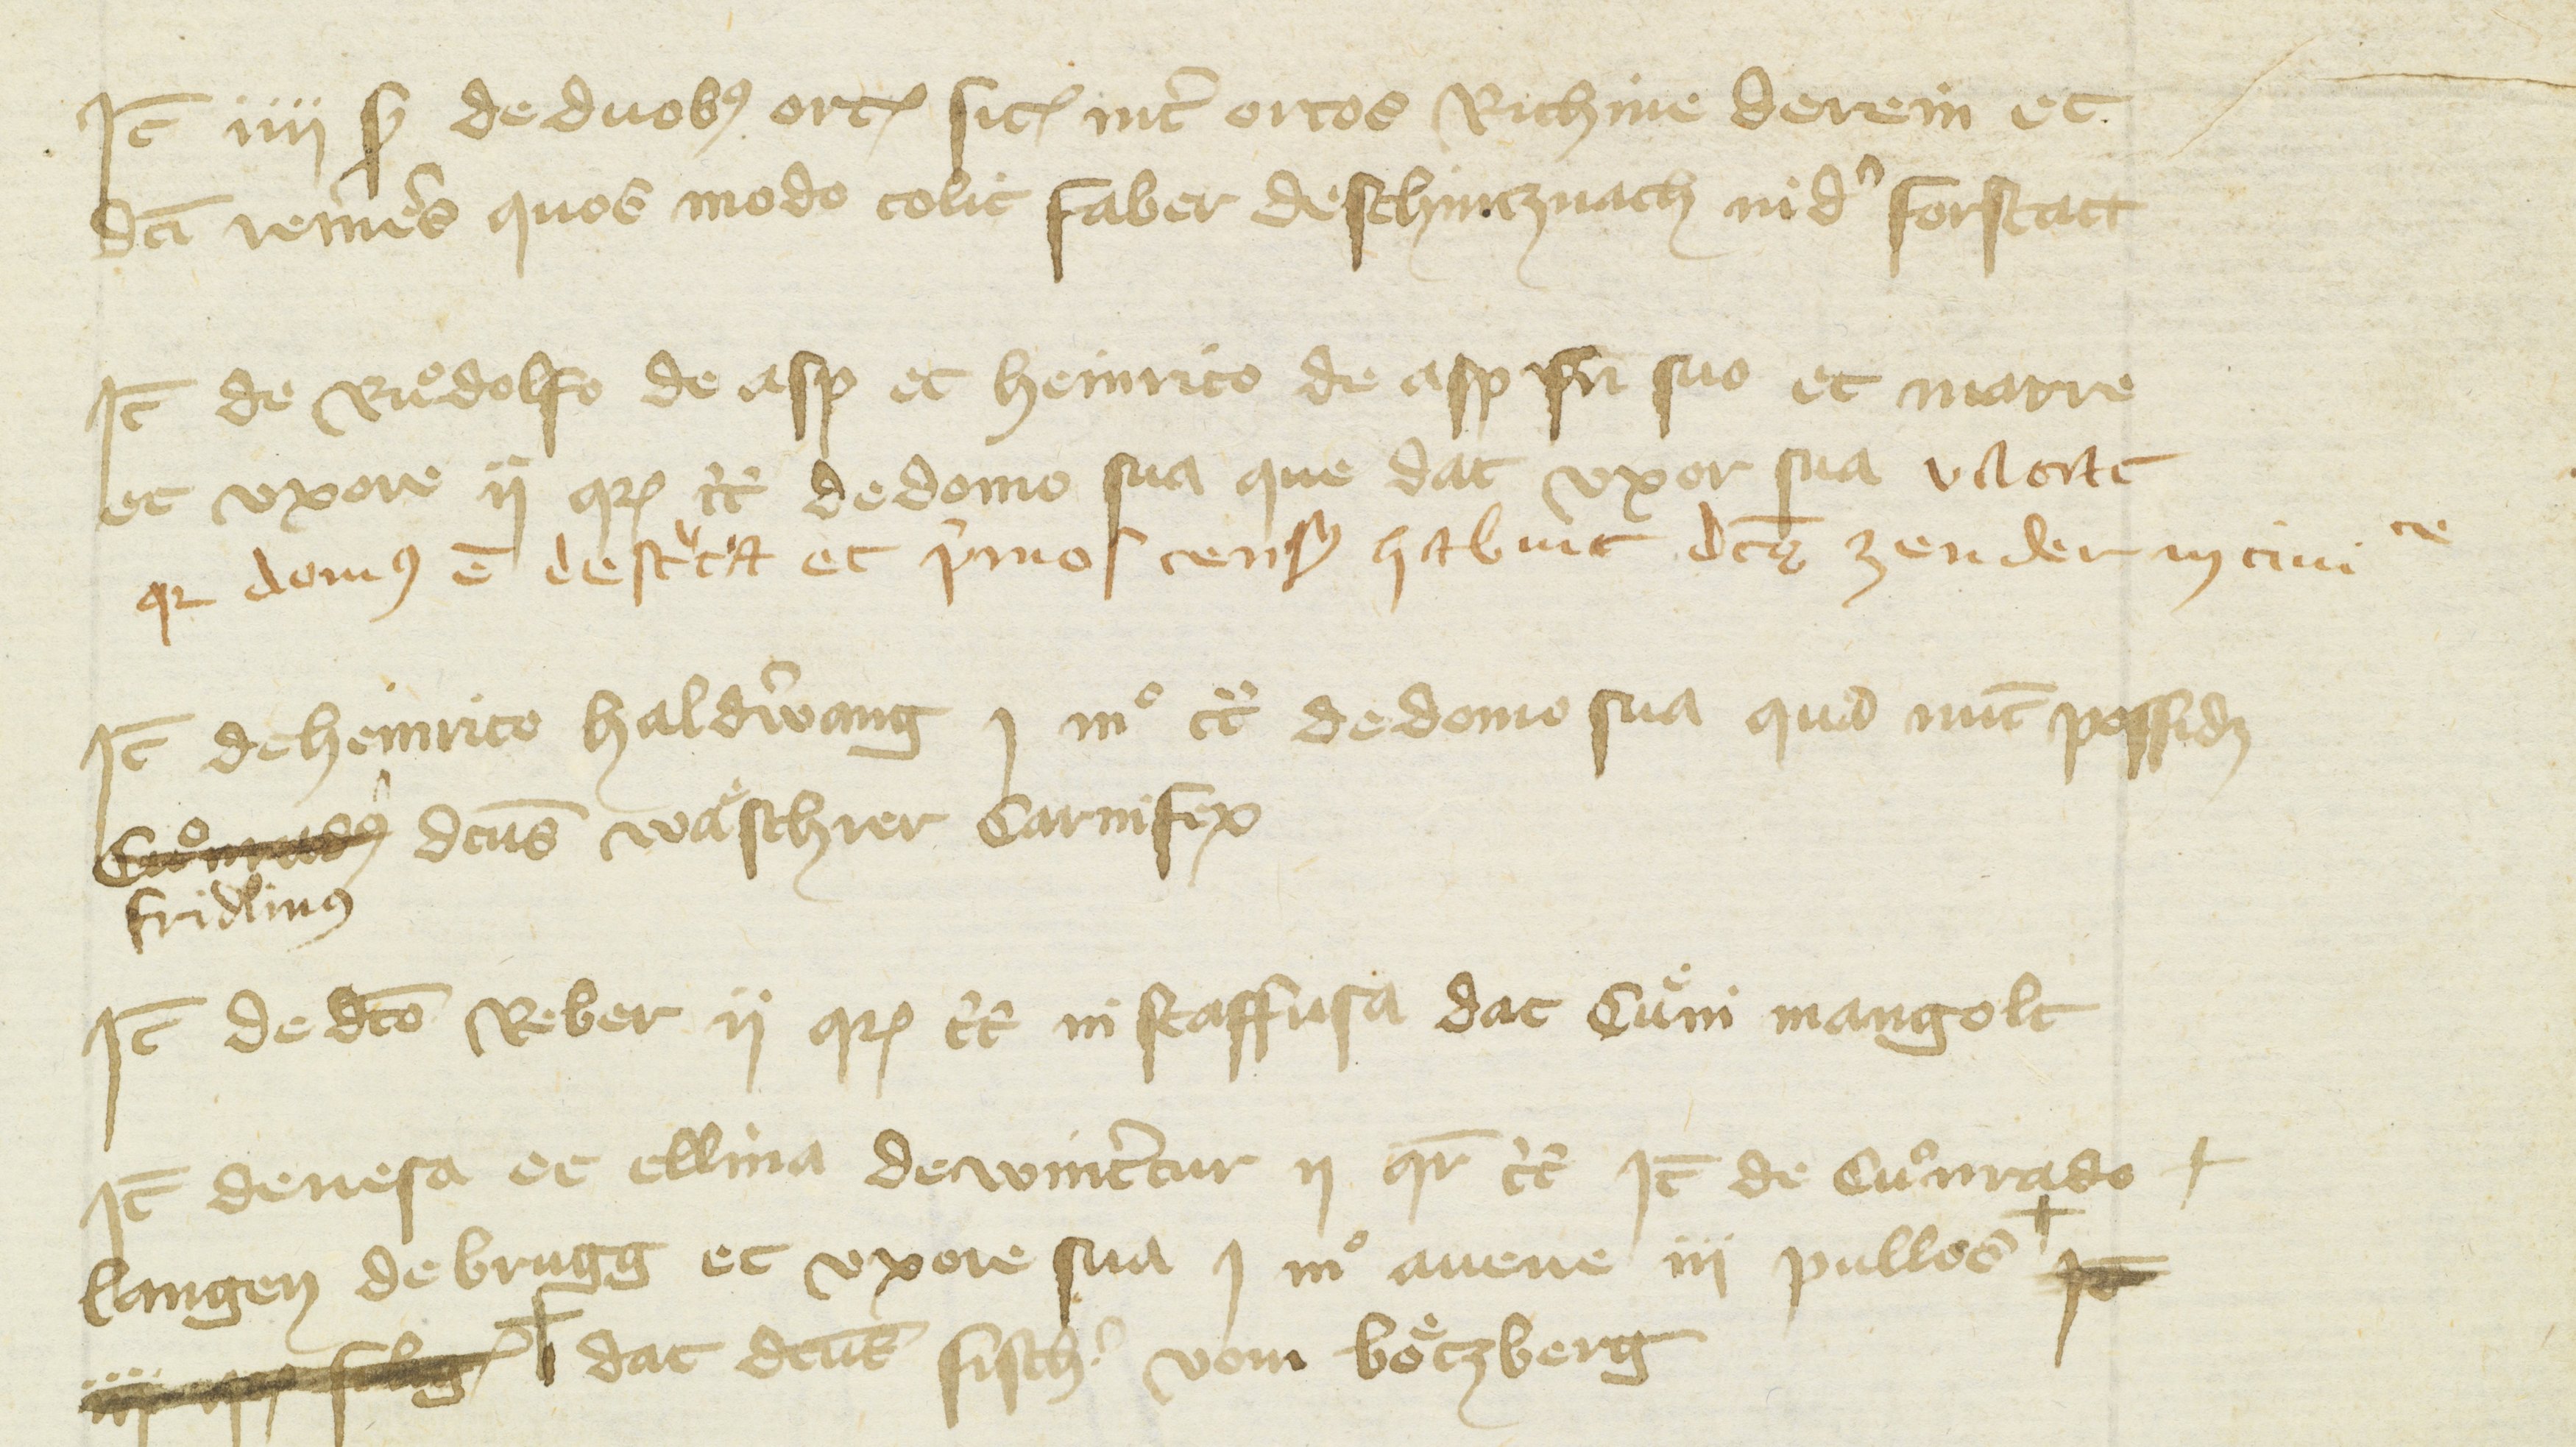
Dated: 1416–1418